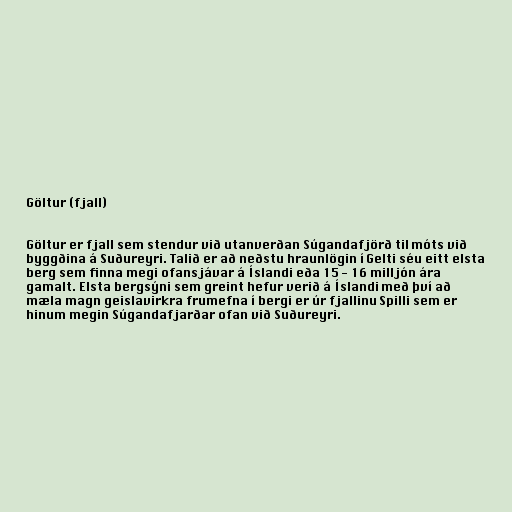
Göltur (fjall)

Göltur er fjall sem stendur við utanverðan Súgandafjörð til móts við
byggðina á Suðureyri. Talið er að neðstu hraunlögin í Gelti séu eitt elsta
berg sem finna megi ofansjávar á Íslandi eða 15 - 16 milljón ára
gamalt. Elsta bergsýni sem greint hefur verið á Íslandi með því að
mæla magn geislavirkra frumefna í bergi er úr fjallinu Spilli sem er
hinum megin Súgandafjarðar ofan við Suðureyri.